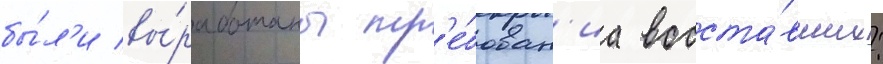
бы́л'и вы́работаны тр'е́бован'иа восста́вших: